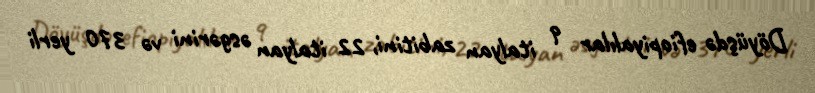
Döyüşdə efiopiyalılar 9 italyan zabitini, 22 italyan əsgərini və 370 yerli